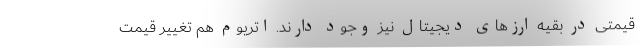
قیمتی در بقیه ارزهای دیجیتال نیز وجود دارند. اتریوم‌ هم تغییر قیمت